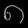
Digit: ၈